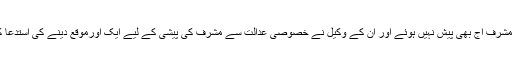
پرویزمشرف آج بھی پیش نہیں ہوئے اور ان کے وکیل نے خصوصی عدالت سے مشرف کی پیشی کے لیے ایک اورموقع دینے کی استدعا کردی۔